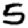
Digit: 5